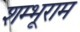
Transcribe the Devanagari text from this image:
शम्भूराम